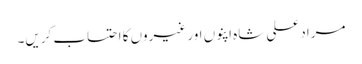
مراد علی شاہ اپنوں اور غیروں کا احتساب کریں۔